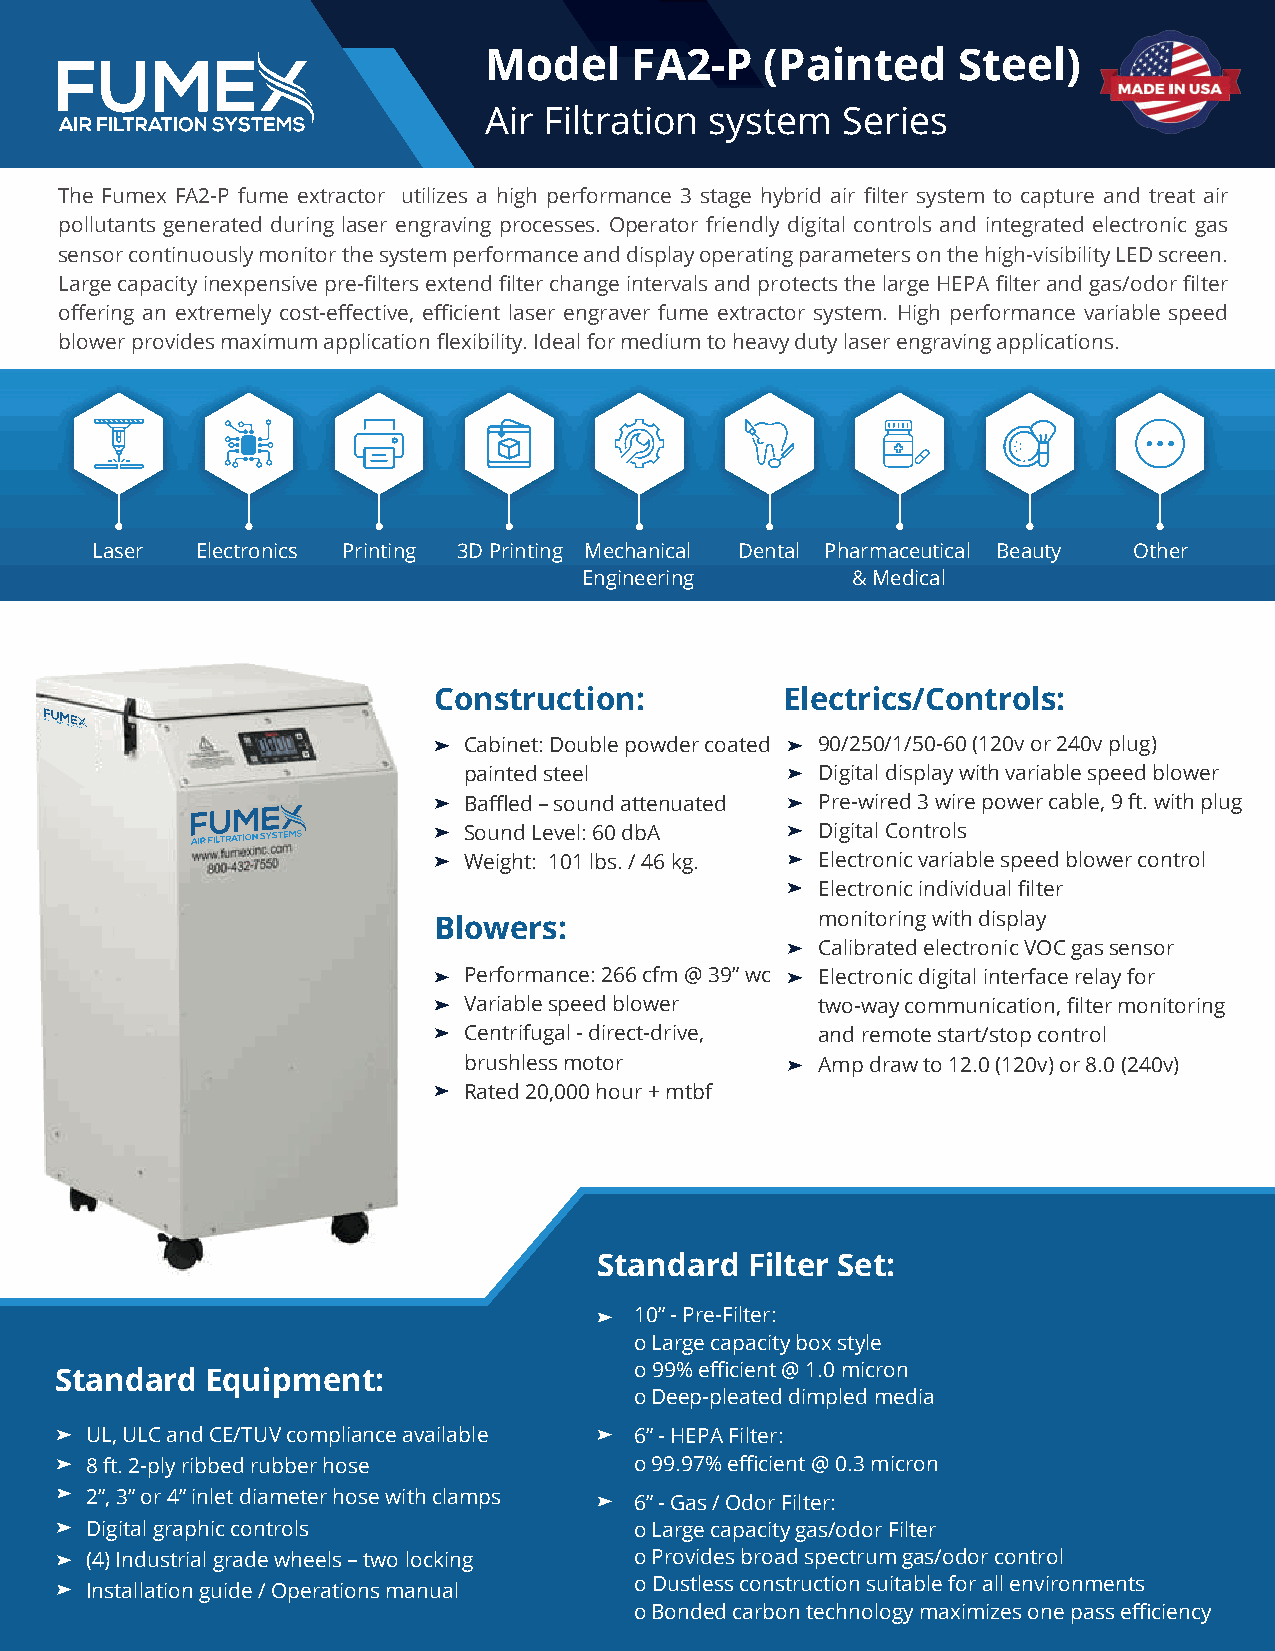
Model     FA2-P    (Painted    Steel)
 Air Filtration system   Series
 The Fumex FA2-P fume extractor utilizes a high performance 3 stage hybrid air filter system to capture and treat air
 pollutants generated during laser engraving processes. Operator friendly digital controls and integrated electronic gas
 sensor continuously monitor the system performance and display operating parameters on the high-visibility LED screen.
 Large capacity inexpensive pre-filters extend filter change intervals and protects the large HEPA filter and gas/odor filter
 offering an extremely cost-effective, efficient laser engraver fume extractor system. High performance variable speed
 blower provides maximum application flexibility. Ideal for medium to heavy duty laser engraving applications.
 Laser  Electronics Printing 3D Printing Mechanical Dental Pharmaceutical Beauty Other
 Engineering      & Medical
 Construction:          Electrics/Controls:
 Cabinet: Double powder coated 90/250/1/50-60 (120v or 240v plug)
 painted steel          Digital display with variable speed blower
 Baffled – sound attenuated Pre-wired 3 wire power cable, 9 ft. with plug
 Sound Level: 60 dbA    Digital Controls
 Weight: 101 lbs. / 46 kg. Electronic variable speed blower control
 Electronic individual filter
 monitoring with display
 Blowers:
 Calibrated electronic VOC gas sensor
 Performance: 266 cfm @ 39” wc Electronic digital interface relay for
 Variable speed blower  two-way communication, filter monitoring
 Centrifugal - direct-drive, and remote start/stop control
 brushless motor        Amp draw to 12.0 (120v) or 8.0 (240v)
 Rated 20,000 hour + mtbf
 Standard Filter Set:
 10” - Pre-Filter:
 o Large capacity box style
 o 99% efficient @ 1.0 micron
 Standard  Equipment:
 o Deep-pleated dimpled media
 UL, ULC and CE/TUV compliance available 6” - HEPA Filter:
 8 ft. 2-ply ribbed rubber hose      o 99.97% efficient @ 0.3 micron
 2”, 3” or 4” inlet diameter hose with clamps 6” - Gas / Odor Filter:
 Digital graphic controls            o Large capacity gas/odor Filter
 (4) Industrial grade wheels – two locking o Provides broad spectrum gas/odor control
 o Dustless construction suitable for all environments
 Installation guide / Operations manual
 o Bonded carbon technology maximizes one pass efficiency